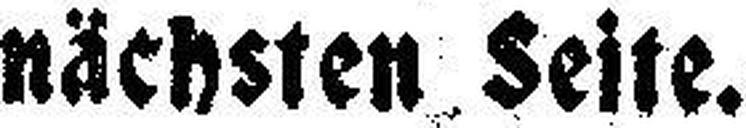
nächsten Seite.